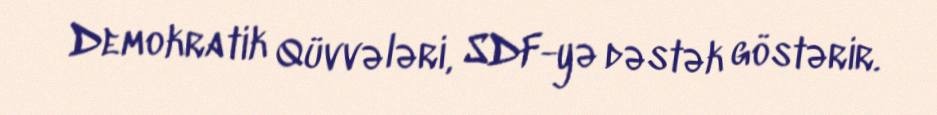
Demokratik Qüvvələri, SDF-yə dəstək göstərir.